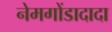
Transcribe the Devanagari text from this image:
नेमगोंडादादा